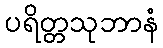
ပရိတ္တသုဘာနံ